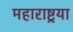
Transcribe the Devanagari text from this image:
महाराष्ट्रया